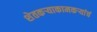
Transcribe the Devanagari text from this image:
शेतकऱ्याकामकऱ्यांचं